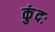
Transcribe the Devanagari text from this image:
कुंदः